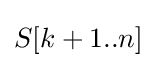
S[k+1..n]